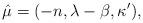
LaTeX: \begin{align*} \hat{\mu} = (-n, \lambda - \beta, \kappa'),\end{align*}